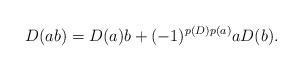
LaTeX: \begin{align*}D(ab)=D(a)b+(-1)^{p(D)p(a)}aD(b).\end{align*}